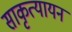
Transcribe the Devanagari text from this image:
साकृत्यायन